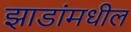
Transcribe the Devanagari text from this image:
झाडांमधील